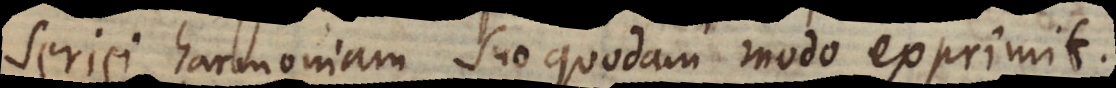
seriei harmoniam suo quodam modo exprimit.